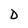
Character: D